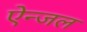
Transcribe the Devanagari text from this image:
ऐन्जल